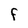
Character: F